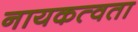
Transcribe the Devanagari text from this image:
नायकत्वता